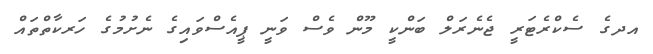
އދގެ ސެކްރެޓަރީ ޖެނެރަލް ބަންކީ މޫން ވެސް ވަނީ ޕީއެސްވައިގެ ނެށުމުގެ ހަރކާތްތައް